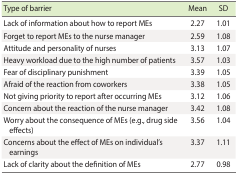
| Type of barrier | Mean | SD |
 | --- | --- | --- |
 | Lack of information about how to report MEs | 2.27 | 1.01 |
 | Forget to report MEs to the nurse manager | 2.59 | 1.08 |
 | Attitude and personality of nurses | 3.13 | 1.07 |
 | Heavy workload due to the high number of patients | 3.57 | 1.03 |
 | Fear of disciplinary punishment | 3.39 | 1.05 |
 | Afraid of the reaction from coworkers | 3.38 | 1.05 |
 | Not giving priority to report after occurring MEs | 3.12 | 1.06 |
 | Concern about the reaction of the nurse manager | 3.42 | 1.08 |
 | Worry about the consequence of MEs (e.g., drug side effects) | 3.56 | 1.04 |
 | Concerns about the effect of MEs on individual's earnings | 3.37 | 1.11 |
 | Lack of clarity about the definition of MEs | 2.77 | 0.98 |